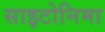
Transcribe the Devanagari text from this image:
साइटोनिमा